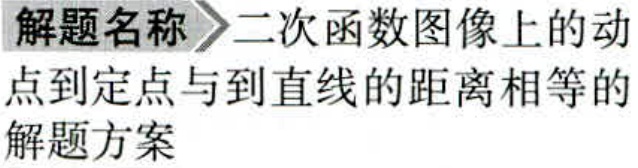
解题名称 \(\rightharpoonup\) 二次函数图像上的动点到定点与到直线的距离相等的解题方案